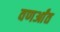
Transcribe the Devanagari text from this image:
वणर्आंत